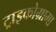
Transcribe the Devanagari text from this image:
ट्राइकोग्रामा